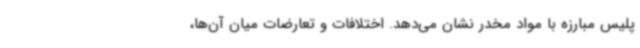
پلیس مبارزه با مواد مخدر نشان می‌دهد. اختلافات و تعارضات میان آن‌ها،